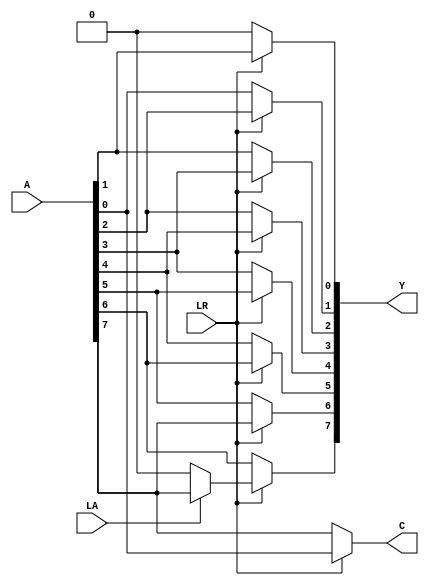
module shifter(A, LA, LR, Y, C);

  // inputs
  input [7:0] A;
  input LA, LR;

  // outputs
  output [7:0] Y;
  output C;

  /* ADD YOUR CODE BELOW THIS LINE */
  
  assign Y[0] = LR == 0 ? 0 : A[1];
  assign Y[1] = LR == 0 ? A[0] : A[2];
  assign Y[2] = LR == 0 ? A[1] : A[3];
  assign Y[3] = LR == 0 ? A[2] : A[4];
  assign Y[4] = LR == 0 ? A[3] : A[5];
  assign Y[5] = LR == 0 ? A[4] : A[6];
  assign Y[6] = LR == 0 ? A[5] : A[7];
  assign Y[7] = LR == 0 ? A[6] : (LA == 0 ? 0 : A[7]);
  assign C = LR == 0 ? A[7] : A[0];

  /* ADD YOUR CODE ABOVE THIS LINE */

endmodule